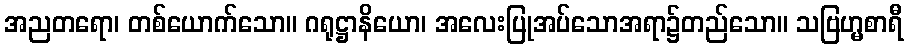
အညတရော၊ တစ်ယောက်သော။ ဂရုဋ္ဌာနိယော၊ အလေးပြုအပ်သောအရာ၌တည်သော။ သဗြဟ္မစာရီ